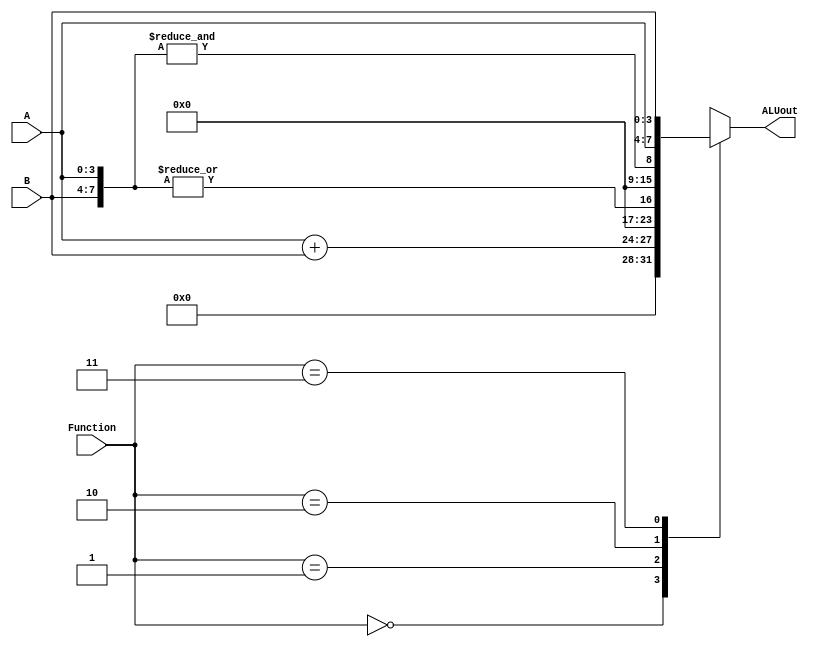
`timescale 1ns / 1ns

module part3(A, B, Function, ALUout);
    parameter N = 4;
    input [N-1:0] A, B;
    input [1:0] Function;
    output[((2*N)-1):0] ALUout;

    // wire[N-1:0] sum; //Don't need wire anymore

    reg[((2*N)-1):0] outsign;

    always @(*)
        begin
            case(Function)
            2'b00: outsign = {{(N-1){1'b0}}, {A + B}};
            2'b01: outsign = {|{A, B}};
            2'b10: outsign = {&{A, B}};
            2'b11: outsign = {{A}, {B}};
            default: outsign = {N{1'b0}};
            endcase
        end
    
    assign ALUout = outsign;

endmodule